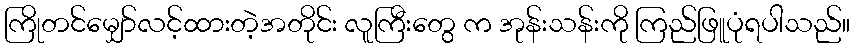
ကြိုတင်မျှော်လင့်ထားတဲ့အတိုင်း လူကြီးတွေ က အုန်းသန်းကို ကြည်ဖြူပုံရပါသည်။